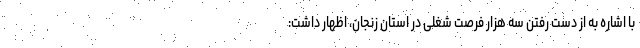
با اشاره به از دست رفتن سه هزار فرصت شغلی در استان زنجان، اظهار داشت: